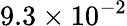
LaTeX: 9.3\times 10^{-2}